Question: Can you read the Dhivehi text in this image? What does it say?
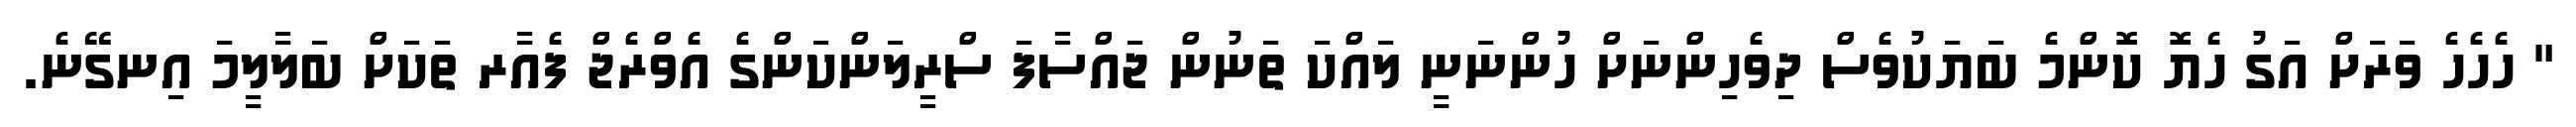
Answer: " ހެހެހެ ވަރަށް އަގު ހެޔޮ ކޮންމެ ބަޔަކުވެސް ދިވެހިންނަށް ހުންނަނީ ލައްކަ ތަނުން ޖައްސާފަ ސްރީލަންކަންގެ އެވްރެޖް ފެއާރ ތަކަށް ބަލާލީމަ އިނގޭނެ.